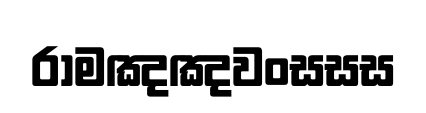
රාමඤඤවංසසස